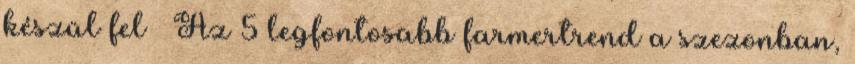
készül fel » Az 5 legfontosabb farmertrend a szezonban,